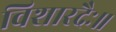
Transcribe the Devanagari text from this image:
विशारदैः॥